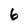
Character: 6